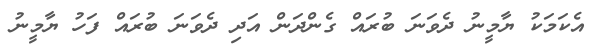
އެކަމަކު ޔާމީނު ދެވަނަ ބުރައް ގެންދަން އަދި ދެވަނަ ބުރައް ފަހު ޔާމީނު